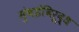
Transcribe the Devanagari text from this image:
मुंबईविरूद्ध